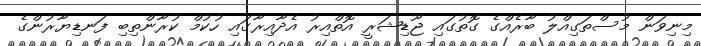
މިނިވަން މުސްތަގިއްލު ބާރެއްގެ ގޮތުގައި ޖޫޑިޝަރީ އޮތްއިރު އެދާއިރާގައި ހުކުމް ކުރާންތިބި ފަނޑިޔާރުންގެ